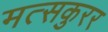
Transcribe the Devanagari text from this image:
मत्सकुरर